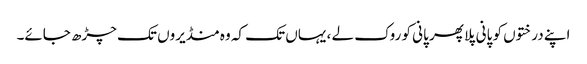
اپنے درختوں کو پانی پلا پھر پانی کو روک لے ، یہاں تک کہ وہ منڈیروں تک چڑھ جائے۔